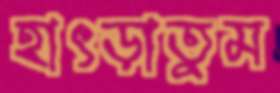
হাৎড়াতুম